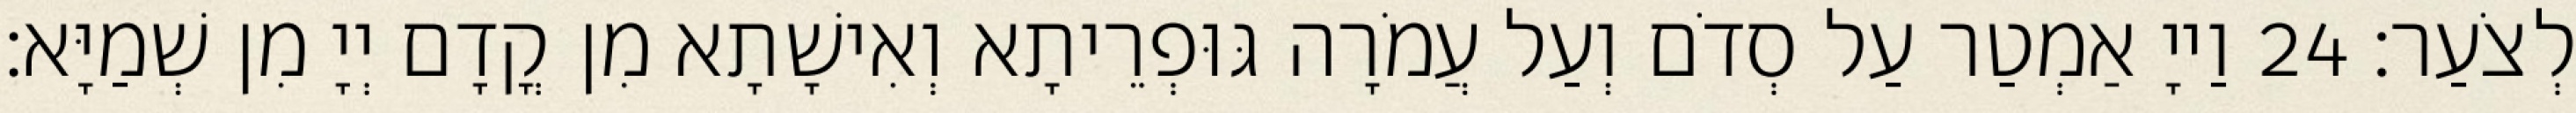
לְצֹעַר׃ 24 וַייָ אַמְטַר עַל סְדֹם וְעַל עֲמֹרָה גּוּפְרֵיתָא וְאִישָׁתָא מִן קֳדָם יְיָ מִן שְׁמַיָּא׃